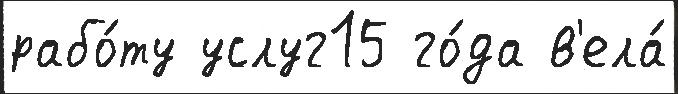
рабо́ту услуг15 го́да в'ела́